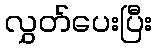
လွှတ်ပေးပြီး